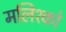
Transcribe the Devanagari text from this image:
मलिश्को